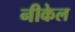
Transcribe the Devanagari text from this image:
नीकेल